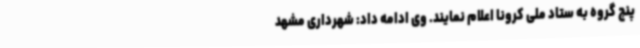
پنج گروه به ستاد ملی کرونا اعلام نمایند. وی ادامه داد: شهرداری مشهد